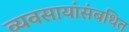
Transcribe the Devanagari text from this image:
व्यवसायांसंबधित